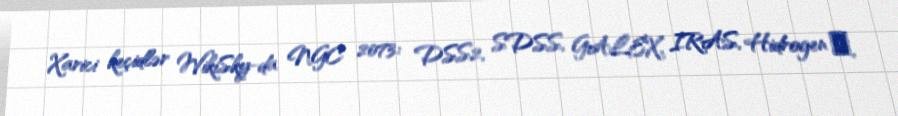
Xarici keçidlər WikiSky-da NGC 2073: DSS2, SDSS, GALEX, IRAS, Hidrogen α,